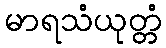
မာရသံယုတ္တံ